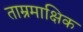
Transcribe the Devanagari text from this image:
ताम्रमाक्षिक